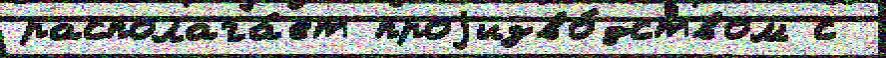
располага́ет проjизво́дством с